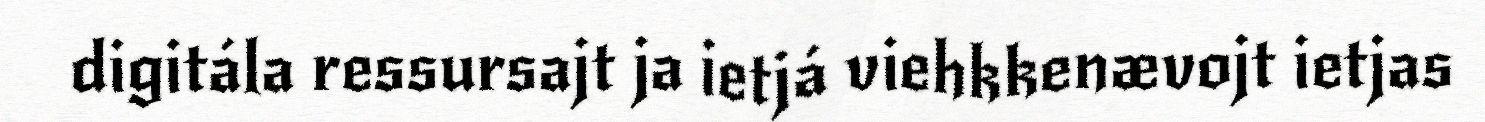
digitála ressursajt ja ietjá viehkkenævojt ietjas